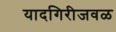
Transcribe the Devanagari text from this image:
यादगिरीजवळ